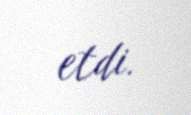
etdi.